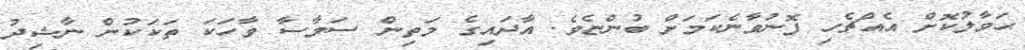
ޙަވާލުކޮށް އެއްޗެހި ފޮނުވާނެކަމަށް ބުންޏެވެ. އާދައިގެ މަތިން ސަމާސާ ވާހަކަ ތަކަކުން ނާޝިދު